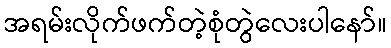
အရမ်းလိုက်ဖက်တဲ့စုံတွဲလေးပါနော်။